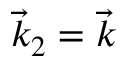
\vec { k } _ { 2 } = \vec { k }